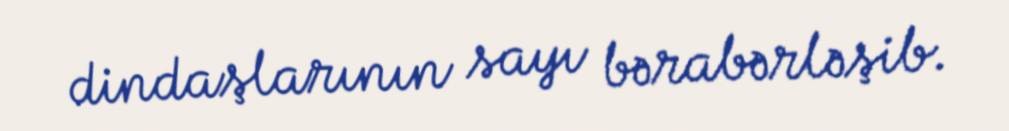
dindaşlarının sayı bərabərləşib.